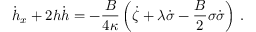
\dot { h } _ { x } + 2 h \dot { h } = - \frac { B } { 4 \kappa } \left( \dot { \zeta } + \lambda \dot { \sigma } - \frac { B } 2 \sigma \dot { \sigma } \right) \, .